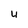
Character: u